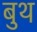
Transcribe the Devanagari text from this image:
बुथ